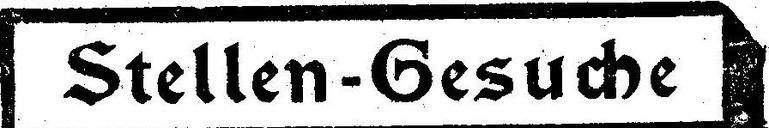
Stellen-Gesucbe